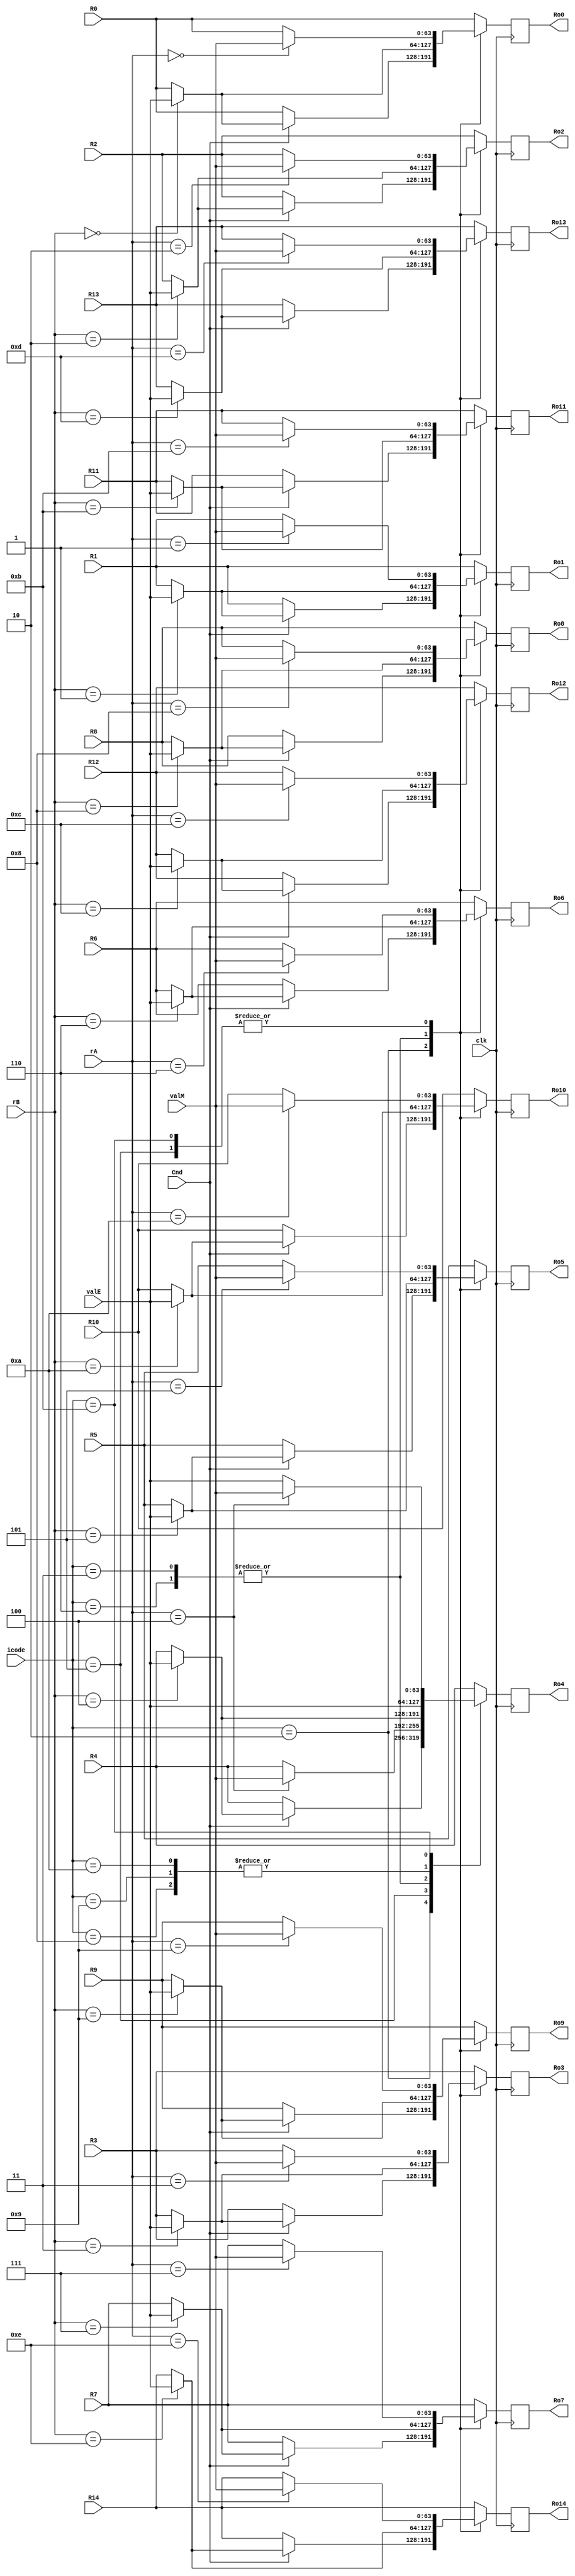
`timescale 1ns/1ps
module writeback (clk,icode,Cnd,valM,valE,rA,rB,R0,R1,R2,R3,R4,R5,R6,R7,R8,R9,R10,R11,R12,R13,R14,Ro0,Ro1,Ro2,Ro3,Ro4,Ro5,Ro6,Ro7,Ro8,Ro9,Ro10,Ro11,Ro12,Ro13,Ro14);
input clk;
// instruction type and register type
input [3:0]icode,rA,rB;
// Condition code set in Execute stage
input Cnd ;
// Outputs from Memory and Execute stage
input [63:0]valM,valE;
// Input Register file
input [63:0]R0,R1,R2,R3,R4,R5,R6,R7,R8,R9,R10,R11,R12,R13,R14;
// Output register file - after writing back
output reg[63:0]Ro0,Ro1,Ro2,Ro3,Ro4,Ro5,Ro6,Ro7,Ro8,Ro9,Ro10,Ro11,Ro12,Ro13,Ro14;
// For easy modification 
reg [63:0]Rout[0:14];
always@(negedge clk)begin
Rout[0] = R0 ;
Rout[1] = R1 ;
Rout[2] = R2 ;
Rout[3] = R3 ;
Rout[4] = R4 ;
Rout[5] = R5 ;
Rout[6] = R6 ;
Rout[7] = R7 ;
Rout[8] = R8 ;
Rout[9] = R9 ;
Rout[10] = R10 ;
Rout[11] = R11 ;
Rout[12] = R12 ;
Rout[13] = R13 ;
Rout[14] = R14 ;
	
case(icode)
4'd2 : begin  // cmovXX
		if(Cnd)
		begin
	       Rout[rB] = valE ; 
	       end
       end
4'd3 : begin   // irmovq
       Rout[rB] = valE ; 
       end
4'd5 : begin   // mrmovq
       Rout[rA] = valM ; 
       end
4'd6 : begin  //OPq
       Rout[rB] = valE ; 
       end
4'd8 : begin //call
	Rout[4] = valE ;
	end
4'd9 : begin  //ret
	Rout[4] =valE;
	end
4'hA : begin // pushq
       Rout[4] = valE ; 
       end
4'hB : begin  //popq
       Rout[4] = valE ; 
       Rout[rA] = valM;
       end

endcase 
// Copying values into the output register file as 2D array cannot be passed between the modules
Ro0= Rout[0];
Ro1= Rout[1];
Ro2= Rout[2];
Ro3= Rout[3];
Ro4= Rout[4];
Ro5= Rout[5];
Ro6= Rout[6];
Ro7= Rout[7];
Ro8= Rout[8];
Ro9= Rout[9];
Ro10= Rout[10];
Ro11= Rout[11];
Ro12= Rout[12];
Ro13= Rout[13];
Ro14= Rout[14];
end

endmodule